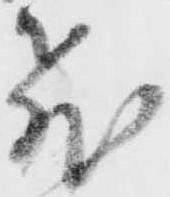
飛